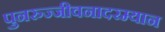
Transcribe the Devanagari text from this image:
पुनरुज्जीवनादरम्यान